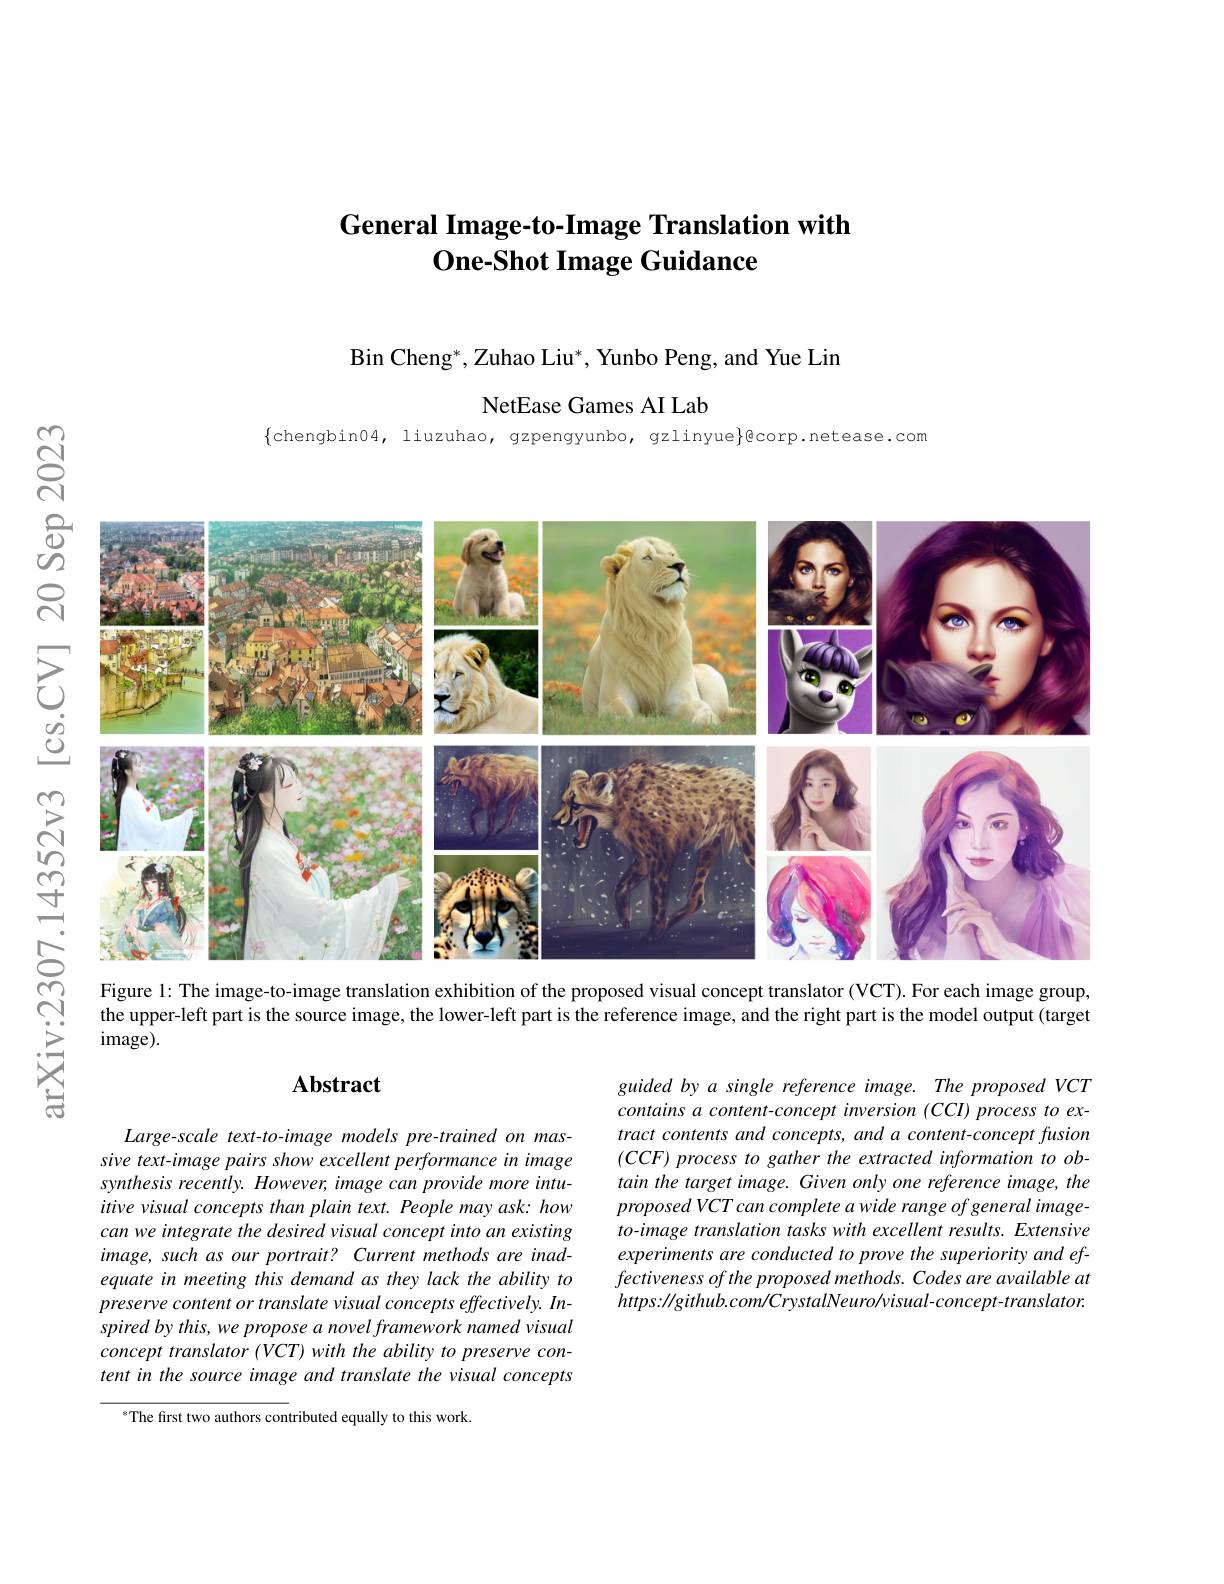
# General Image-to-Image Translation with $\textbf{One- Shot Image Guidance}$

Bin Chen$g^*$, Zuhao Li$u^*$, Yunbo Peng, and Yue Lin

NetEase Games AI Lab

$\{$chengbin04, liuzuhao, gzpengyunbo, gzlinyue}@corp.netease.com

$ଝୁ$
<FigureHere>
$\overline{r}$
Figure l: The image-to-image translation exhibition of the proposed visual concept translator (VCT). For each image group,

N

the upper-left part is the source image, the lower-left part is the reference image, and the right part is the model output (target

$image).$

$\frac{r}{r-1}$

$X$

# Abstract

guided by a single reference image. The proposed VCT contains a content-concept inversion (CCI) process to extract contents and concepts, and a content-concept fusion $( CCF) \textit{process to gather the extracted information to ob- }$ tain the target image. Given only one reference image, the proposed VCT can complete a wide range of general imageto-image translation tasks with excellent results. Extensive experiments are conducted to prove the superiority and ef- $fectivenessoftheproposedmethods.Codesareavailableat$ $https://github.com/CrystalNeuro/visual-concept-translator.$

Large-scale text-to-image models pre-trained on massive text-image pairs show excellent performance in image synthesis recently. However, image can provide more intuitive visual concepts than plain text. People may ask: how can we integrate the desired visual concept into an existing image, such as our portrait? Current methods are inadequate in meeting this demand as they lack the ability to preserve content or translate visual concepts effectively. Inspired by this, we propose a novel framework named visual concept translator (VCT) with the ability to preserve content in the source image and translate the visual concepts

sThe first two authors contributed equally to this work.